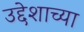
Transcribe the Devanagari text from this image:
उद्देशाच्या